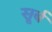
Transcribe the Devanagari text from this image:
सूर्ब